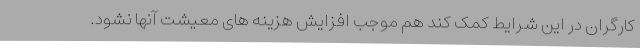
کارگران در این شرایط کمک کند هم موجب افزایش هزینه های معیشت آنها نشود.